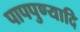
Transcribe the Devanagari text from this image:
पापपुण्यादि